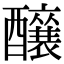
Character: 𮡌